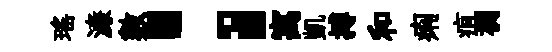
瑶濓數；寓凱搏和痢疽裯